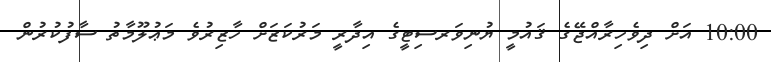
10:00 އަށް ދިވެހިރާއްޖޭގެ ޤައުމީ ޔުނިވަރސިޓީގެ އިދާރީ މަރުކަޒަށް ހާޒިރުވެ މަޢުލޫމާތު ސާފުކުރުން